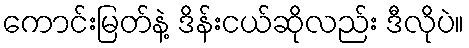
ကောင်းမြတ်နဲ့ ဒိန်းငယ်ဆိုလည်း ဒီလိုပဲ။